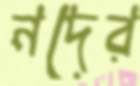
নদের